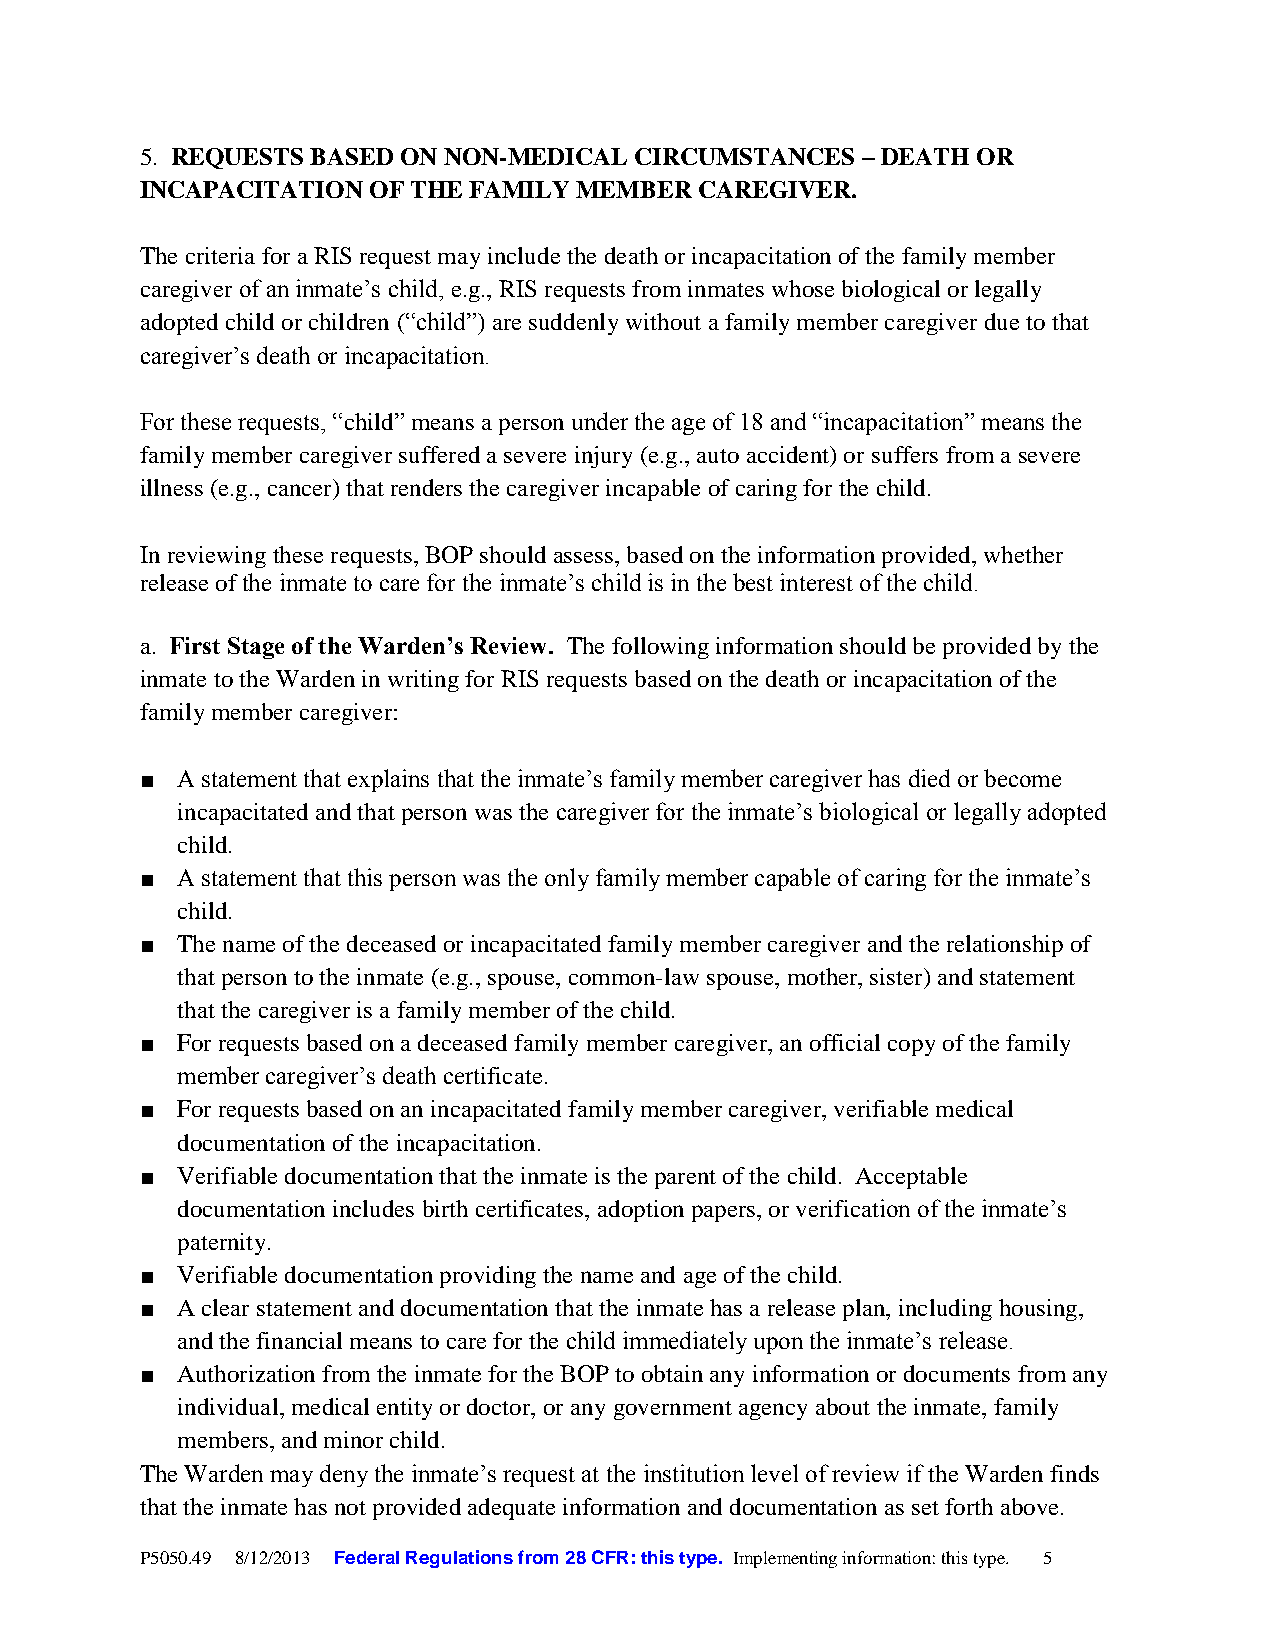
5. REQUESTS BASED ON NON-MEDICAL CIRCUMSTANCES  – DEATH OR
 INCAPACITATION OF THE FAMILY MEMBER  CAREGIVER.
 The criteria for a RIS request may include the death or incapacitation of the family member
 caregiver of an inmate’s child, e.g., RIS requests from inmates whose biological or legally
 adopted child or children (“child”) are suddenly without a family member caregiver due to that
 caregiver’s death or incapacitation.
 For these requests, “child” means a person under the age of 18 and “incapacitation” means the
 family member caregiver suffered a severe injury (e.g., auto accident) or suffers from a severe
 illness (e.g., cancer) that renders the caregiver incapable of caring for the child.
 In reviewing these requests, BOP should assess, based on the information provided, whether
 release of the inmate to care for the inmate’s child is in the best interest of the child.
 a. First Stage of the Warden’s Review. The following information should be provided by the
 inmate to the Warden in writing for RIS requests based on the death or incapacitation of the
 family member caregiver:
 ■  A statement that explains that the inmate’s family member caregiver has died or become
 incapacitated and that person was the caregiver for the inmate’s biological or legally adopted
 child.
 ■  A statement that this person was the only family member capable of caring for the inmate’s
 child.
 ■  The name of the deceased or incapacitated family member caregiver and the relationship of
 that person to the inmate (e.g., spouse, common-law spouse, mother, sister) and statement
 that the caregiver is a family member of the child.
 ■  For requests based on a deceased family member caregiver, an official copy of the family
 member caregiver’s death certificate.
 ■  For requests based on an incapacitated family member caregiver, verifiable medical
 documentation of the incapacitation.
 ■  Verifiable documentation that the inmate is the parent of the child. Acceptable
 documentation includes birth certificates, adoption papers, or verification of the inmate’s
 paternity.
 ■  Verifiable documentation providing the name and age of the child.
 ■  A clear statement and documentation that the inmate has a release plan, including housing,
 and the financial means to care for the child immediately upon the inmate’s release.
 ■  Authorization from the inmate for the BOP to obtain any information or documents from any
 individual, medical entity or doctor, or any government agency about the inmate, family
 members, and minor child.
 The Warden may deny the inmate’s request at the institution level of review if the Warden finds
 that the inmate has not provided adequate information and documentation as set forth above.
 P5050.49 8/12/2013 Federal Regulations from 28 CFR: this type. Implementing information: this type. 5